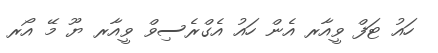
ހައު ޓަފް ވީއާރ އެެން ހައު އެގްރެސިވް ވީއާރ ޔޫ މޭ އޯރ